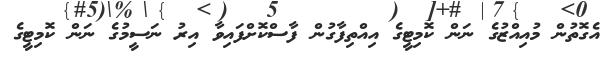
އެގޮތުން މުއިއްޒުގެ ނަން ކޮމިޓީގެ އިއްތިފާގުން ފާސްކޮށްފައިވާ އިރު ނަސީމުގެ ނަން ކޮމިޓީގެ